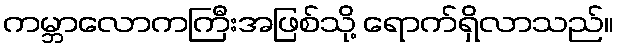
ကမ္ဘာလောကကြီးအဖြစ်သို့ ရောက်ရှိလာသည်။